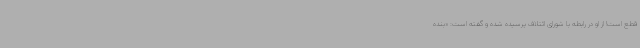
قطع است! از او در رابطه با شورای ائتلاف پرسیده شده و گفته است: «‌بنده